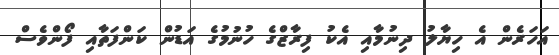
އަހަރެން އެ ހިޔާލު ދިނުމާއި އެކު ފިރާޒްގެ ހުނުމުގެ އަޑުން ކަންފަތާއި ފޯންވެސް